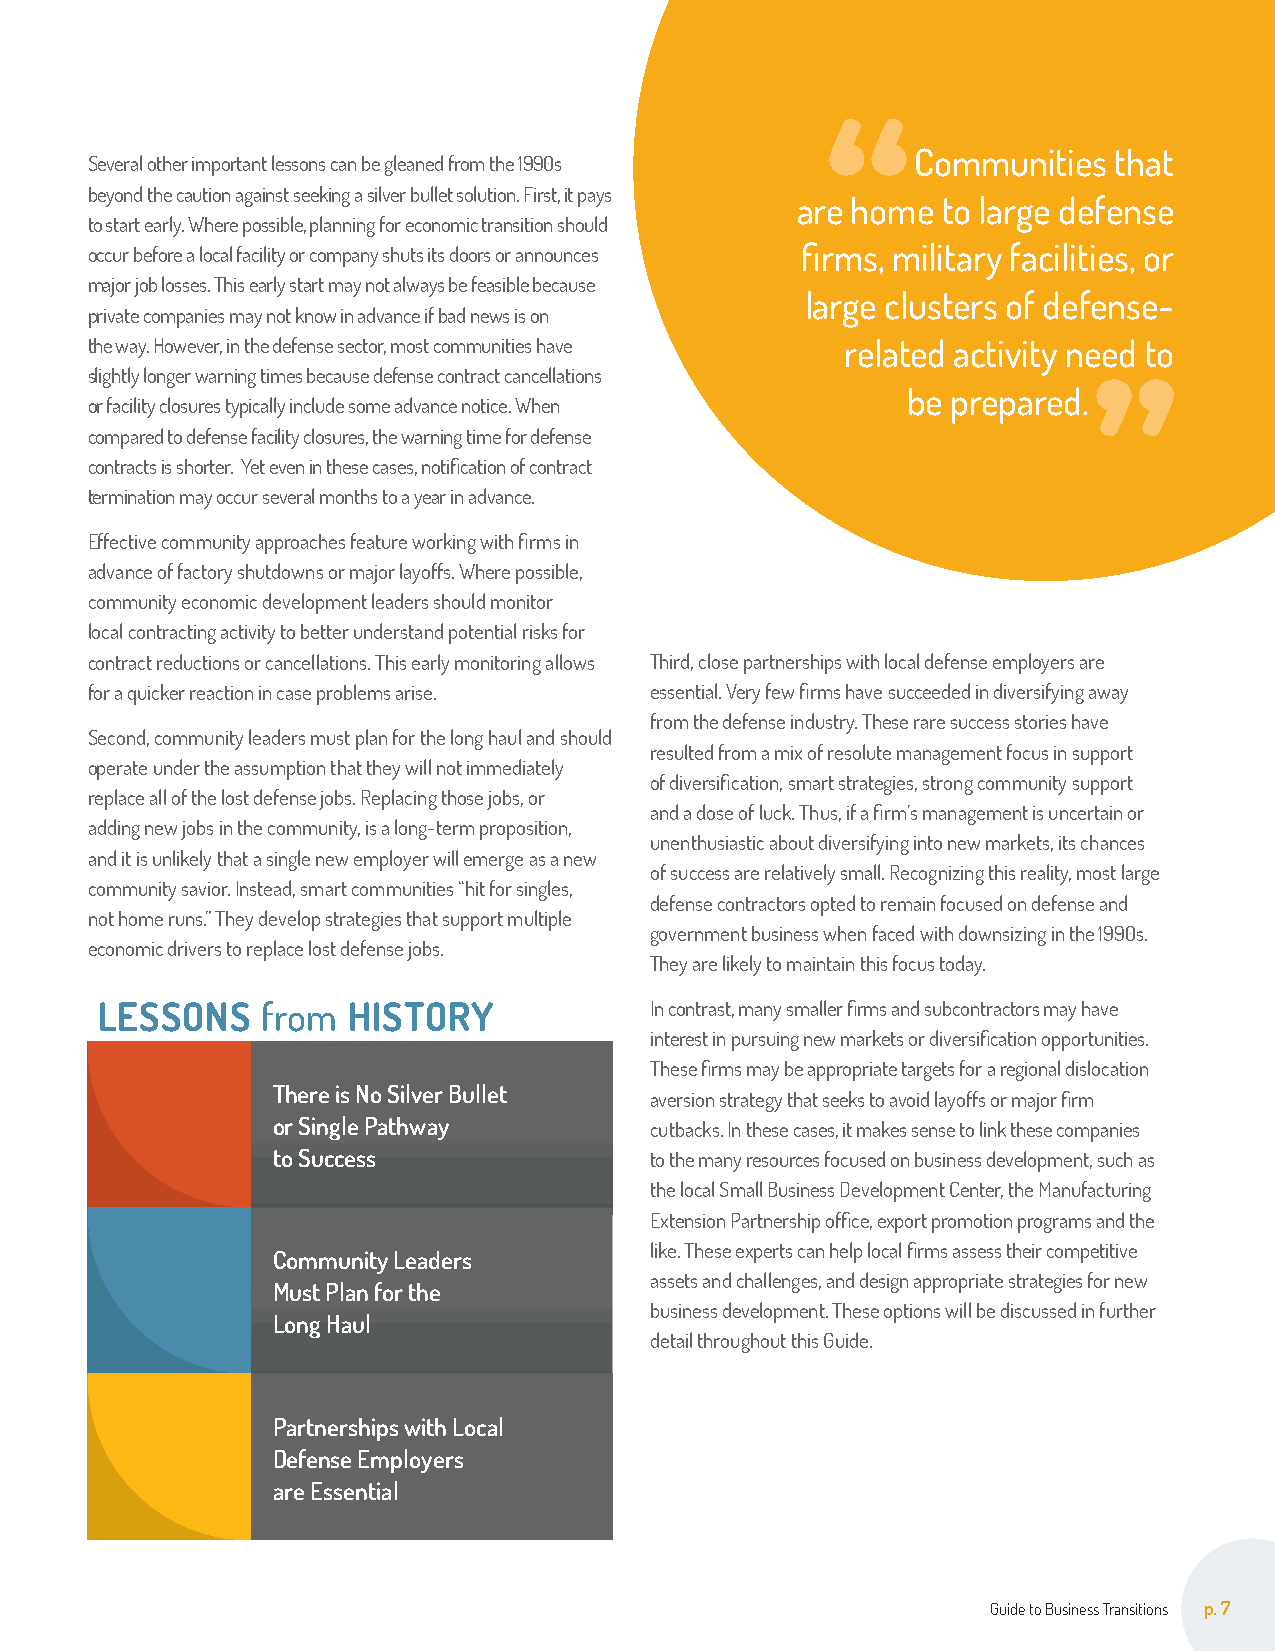
Communities  that
 Several other important lessons can be gleaned from the 1990s
 beyond the caution against seeking a silver bullet solution. First, it pays
 are home to large defense
 to start early. Where possible, planning for economic transition should
 occur before a local facility or company shuts its doors or announces firms, military facilities, or
 major job losses. This early start may not always be feasible because
 large clusters of defense-
 private companies may not know in advance if bad news is on
 the way. However, in the defense sector, most communities have related activity need to
 slightly longer warning times because defense contract cancellations
 be prepared.
 or facility closures typically include some advance notice. When
 compared to defense facility closures, the warning time for defense
 contracts is shorter. Yet even in these cases, notification of contract
 termination may occur several months to a year in advance.
 Effective community approaches feature working with firms in
 advance of factory shutdowns or major layoffs. Where possible,
 community economic development leaders should monitor
 local contracting activity to better understand potential risks for
 contract reductions or cancellations. This early monitoring allows Third, close partnerships with local defense employers are
 for a quicker reaction in case problems arise. essential. Very few firms have succeeded in diversifying away
 from the defense industry. These rare success stories have
 Second, community leaders must plan for the long haul and should
 resulted from a mix of resolute management focus in support
 operate under the assumption that they will not immediately
 of diversification, smart strategies, strong community support
 replace all of the lost defense jobs. Replacing those jobs, or
 and a dose of luck. Thus, if a firm’s management is uncertain or
 adding new jobs in the community, is a long-term proposition,
 unenthusiastic about diversifying into new markets, its chances
 and it is unlikely that a single new employer will emerge as a new
 of success are relatively small. Recognizing this reality, most large
 community savior. Instead, smart communities “hit for singles,
 defense contractors opted to remain focused on defense and
 not home runs.” They develop strategies that support multiple
 government business when faced with downsizing in the 1990s.
 economic drivers to replace lost defense jobs.
 They are likely to maintain this focus today.
 LESSONS    from  HISTORY             In contrast, many smaller firms and subcontractors may have
 interest in pursuing new markets or diversification opportunities.
 These firms may be appropriate targets for a regional dislocation
 There is No Silver Bullet
 aversion strategy that seeks to avoid layoffs or major firm
 or Single Pathway        cutbacks. In these cases, it makes sense to link these companies
 to Success               to the many resources focused on business development, such as
 the local Small Business Development Center, the Manufacturing
 Extension Partnership office, export promotion programs and the
 like. These experts can help local firms assess their competitive
 Community Leaders
 assets and challenges, and design appropriate strategies for new
 Must Plan for the
 business development. These options will be discussed in further
 Long Haul
 detail throughout this Guide.
 Partnerships with Local
 Defense Employers
 are Essential
 Guide to Business Transitions p. 7